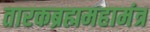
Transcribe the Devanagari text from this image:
तारकब्रह्ममहामंत्र